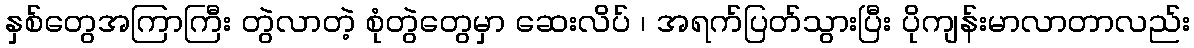
နှစ်တွေအကြာကြီး တွဲလာတဲ့ စုံတွဲတွေမှာ ဆေးလိပ် ၊ အရက်ပြတ်သွားပြီး ပိုကျန်းမာလာတာလည်း